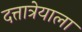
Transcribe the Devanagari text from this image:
दत्तात्रेयाला